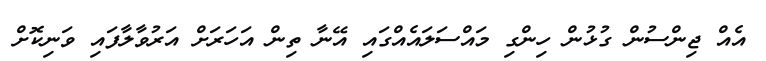
އެއް ޖިންސުން ގުޅުން ހިންގި މައްސަލައެއްގައި އޭނާ ތިން އަހަރަށް އަރުވާލާފައި ވަނިކޮށް